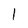
Character: l